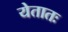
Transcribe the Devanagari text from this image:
येतातः